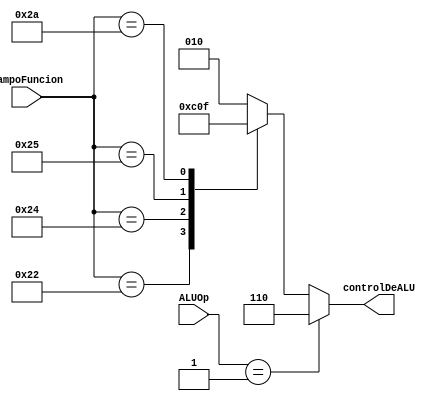
`timescale 1ns / 1ps
//////////////////////////////////////////////////////////////////////////////////
// Company: 
// Engineer: 
// 
// Design Name: 
// Module Name: controlALU
// Project Name: 
// Target Devices: 
// Tool Versions: 
// Description: 
// 
// Dependencies: 
// 
// Revision:
// Revision 0.01 - File Created
// Additional Comments:
// 
//////////////////////////////////////////////////////////////////////////////////


module controlALU(input [5:0]campoFuncion,input [1:0]ALUOp,output reg [2:0]controlDeALU);
    
    
    always @(*)
    begin
    
    case (campoFuncion)
    
        8'b100000:controlDeALU=3'b010;//suma
        8'b100010:controlDeALU=3'b110;//resta
        8'b100100:controlDeALU=3'b000;//and
        8'b100101:controlDeALU=3'b001;//or
        8'b101010:controlDeALU=3'b111;//slt
        default controlDeALU=3'b010;
        
        endcase
        
    if(ALUOp==2'b01)controlDeALU=3'b110;
    end

endmodule